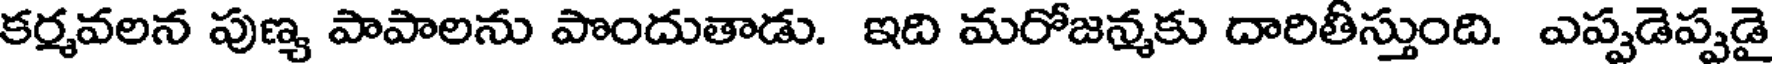
కర్మవలన పుణ్య పాపాలను పొందుతాడు. ఇది మరోజన్మకు దారితీస్తుంది. ఎప్పడెప్పడై